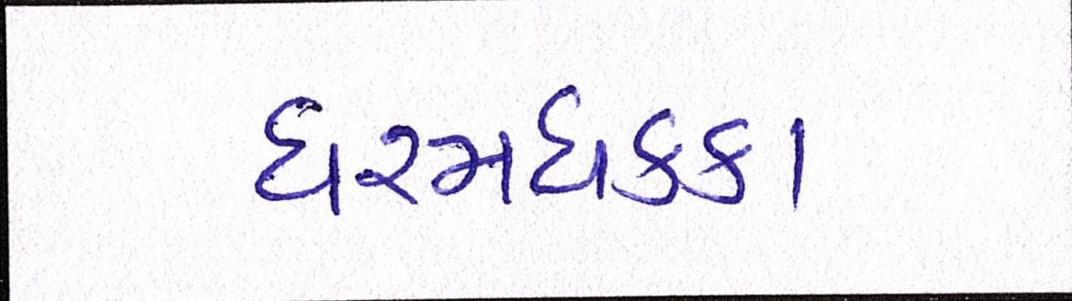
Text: ધરમધકકા